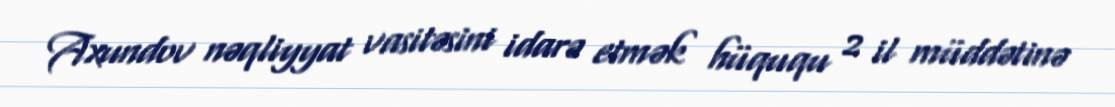
Axundov nəqliyyat vasitəsini idarə etmək hüququ 2 il müddətinə